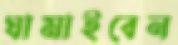
ঘামাইবেন